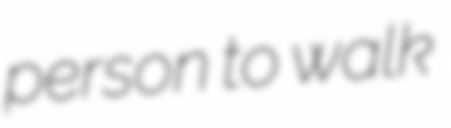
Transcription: person to walk